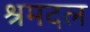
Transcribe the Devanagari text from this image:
श्रमदल